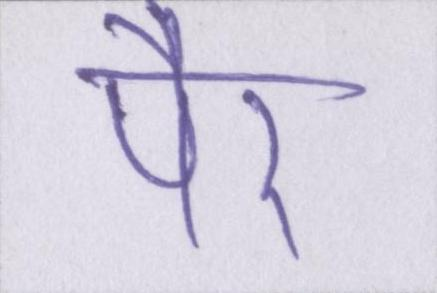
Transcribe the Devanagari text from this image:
पैर